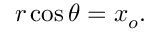
r \cos \theta = x _ { o } .